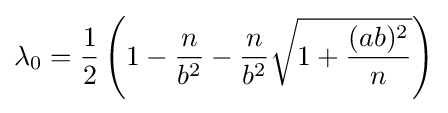
\lambda _{0}={\frac {1}{2}}\left(1-{\frac {n}{b^{2}}}-{\frac {n}{b^{2}}}{\sqrt {1+{\frac {(ab)^{2}}{n}}}}\right)